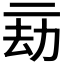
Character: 𠄳